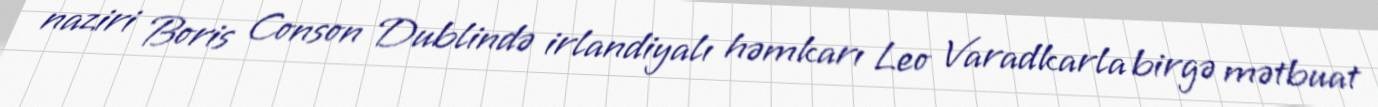
naziri Boris Conson Dublində irlandiyalı həmkarı Leo Varadkarla birgə mətbuat